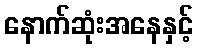
နောက်ဆုံးအနေနှင့်